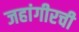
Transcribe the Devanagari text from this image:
जहांगीरची